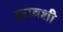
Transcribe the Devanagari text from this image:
फ़्रावशी